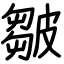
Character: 皺